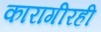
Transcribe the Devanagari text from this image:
कारागीरही